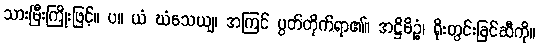
သားမြီးကြိုးဖြင့်။ ပ။ ယံ ဃံသေယျ၊ အကြင် ပွတ်တိုက်ရာ၏။ အဋ္ဌိမိဉ္စံ၊ ရိုးတွင်းခြင်ဆီကို။